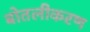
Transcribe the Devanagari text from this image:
बोतलीकरण